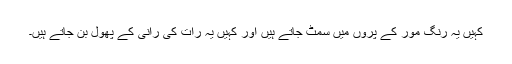
کہیں یہ رنگ مور کے پروں میں سمٹ جاتے ہیں اور کہیں یہ رات کی رانی کے پھول بن جاتے ہیں۔